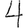
Digit: 4